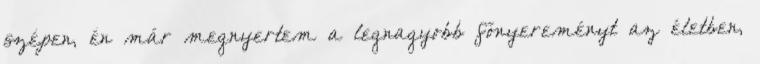
szépen, én már megnyertem a legnagyobb főnyereményt az életben,